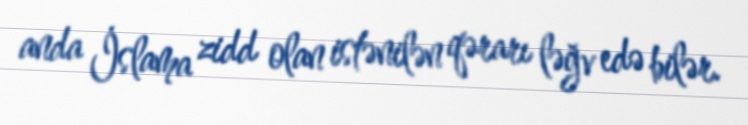
anda İslama zidd olan istənilən qərarı ləğv edə bilər.